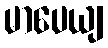
မာပေယျ